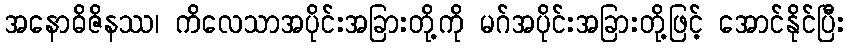
အနောဓိဇိနဿ၊ ကိလေသာအပိုင်းအခြားတို့ကို မဂ်အပိုင်းအခြားတို့ဖြင့် အောင်နိုင်ပြီး